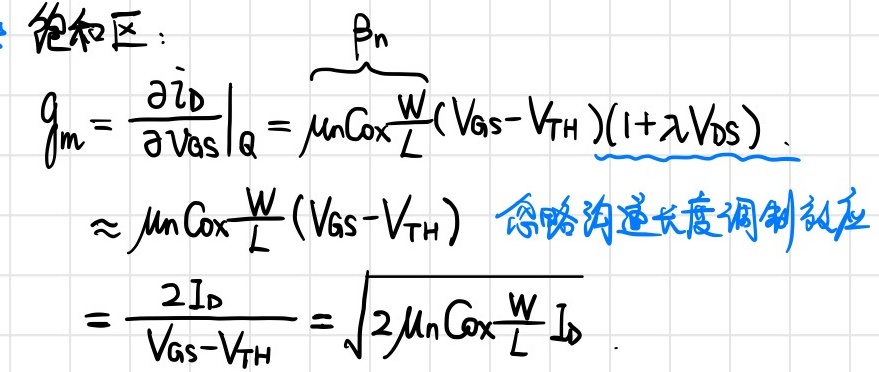
饱和区：
\[
\begin{align*}
g_m&=\left.\frac{\partial i_D}{\partial V_{GS}}\right|_Q = \mu_nC_{ox}\frac{W}{L}(V_{GS}-V_{TH})(1 + \lambda V_{DS})\\
&\approx \mu_nC_{ox}\frac{W}{L}(V_{GS}-V_{TH})\text{（忽略沟道长度调制效应）}\\
&=\frac{2I_D}{V_{GS}-V_{TH}}=\sqrt{2\mu_nC_{ox}\frac{W}{L}I_D}
\end{align*}
\]